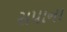
સપાના